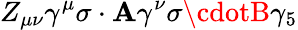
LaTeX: Z_{\mu\nu}\gamma^{\mu}\sigma\cdot\mathbf{A}\gamma^{\nu}\sigma\cdotB\gamma_{5}